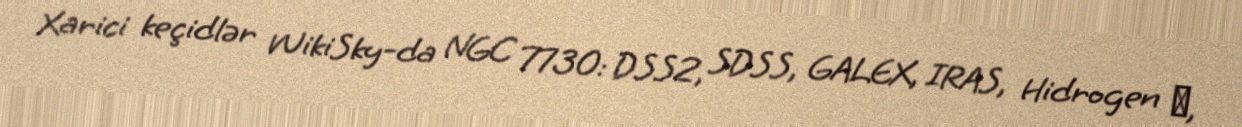
Xarici keçidlər WikiSky-da NGC 7730: DSS2, SDSS, GALEX, IRAS, Hidrogen α,